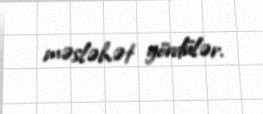
məsləhət gördülər.